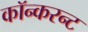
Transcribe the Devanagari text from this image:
कॉन्करन्ट